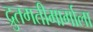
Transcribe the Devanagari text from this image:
द्रुतगतीमार्गाला